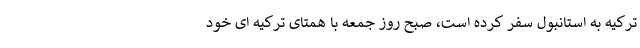
ترکیه به استانبول سفر کرده است، صبح روز جمعه با همتای ترکیه ای خود